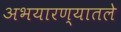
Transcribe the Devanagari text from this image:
अभयारण्यातले